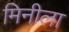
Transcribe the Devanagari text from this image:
मिनीला